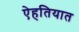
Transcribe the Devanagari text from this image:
ऐहतियात